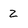
Character: 2